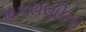
મકરાણીના